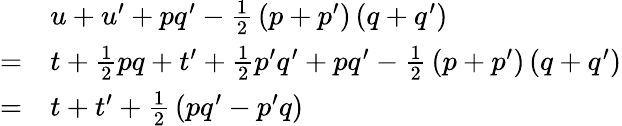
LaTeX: {\begin{array}{rl}&{u+u^{\prime}+pq^{\prime}-{\frac{1}{2}}\left(p+p^{\prime}\right)\left(q+q^{\prime}\right)}\\ {=}&{t+{\frac{1}{2}}pq+t^{\prime}+{\frac{1}{2}}p^{\prime}q^{\prime}+pq^{\prime}-{\frac{1}{2}}\left(p+p^{\prime}\right)\left(q+q^{\prime}\right)}\\ {=}&{t+t^{\prime}+{\frac{1}{2}}\left(pq^{\prime}-p^{\prime}q\right)}\end{array}}